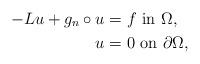
LaTeX: \begin{align*}-L u + g_n\circ u & = f \,\,\mbox{in}\,\, \Omega, \\u & = 0 \,\,\mbox{on}\,\, \partial\Omega, \end{align*}